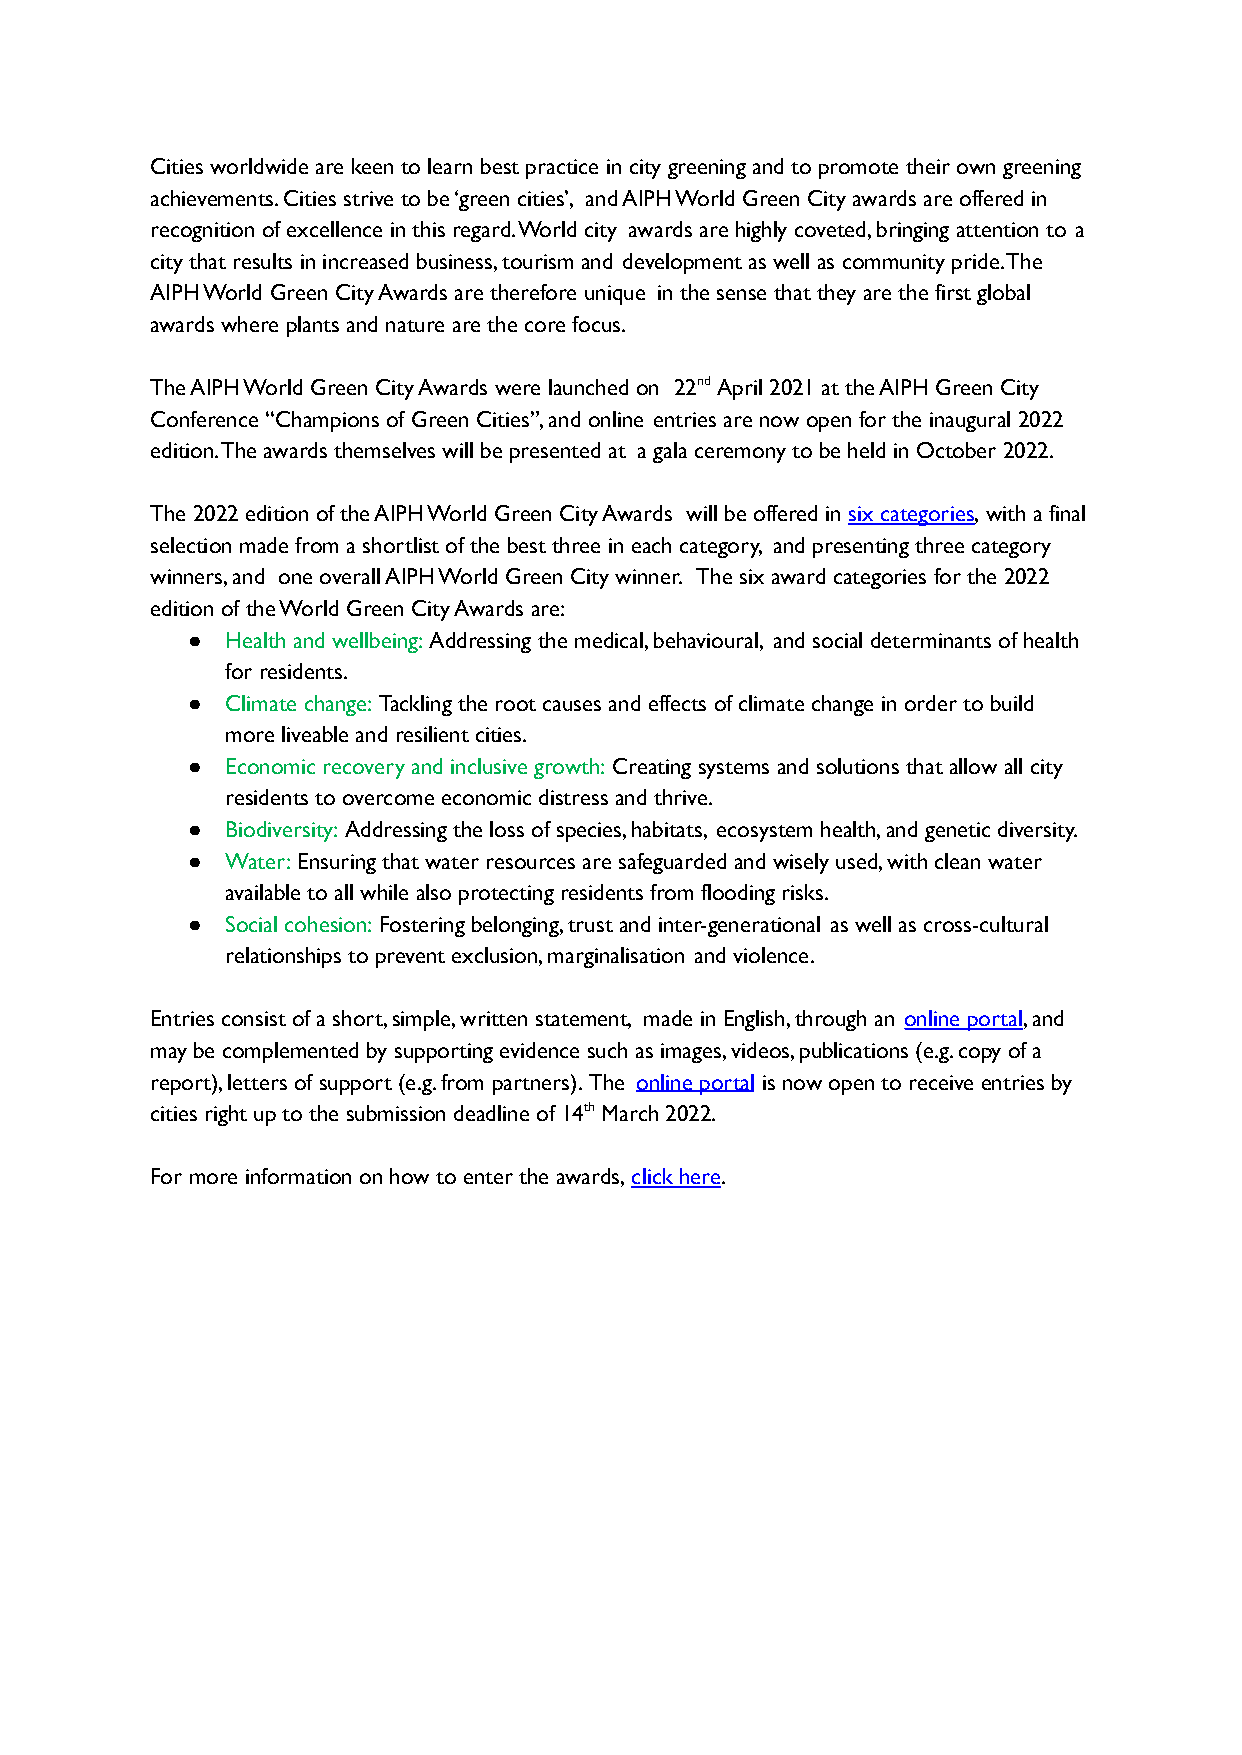
Cities worldwide are keen to learn best practice in city greening and to promote their own greening
 achievements. Cities strive to be ‘green cities’, and AIPH World Green City awards are offered in
 recognition of excellence in this regard. World city awards are highly coveted, bringing attention to a
 city that results in increased business, tourism and development as well as community pride. The
 AIPH World Green City Awards are therefore unique in the sense that they are the first global
 awards where plants and nature are the core focus.
 The AIPH World Green City Awards were launched on 22nd April 2021 at the AIPH Green City
 Conference “Champions of Green Cities”, and online entries are now open for the inaugural 2022
 edition. The awards themselves will be presented at a gala ceremony to be held in October 2022.
 The 2022 edition of the AIPH World Green City Awards will be offered in six categories, with a final
 selection made from a shortlist of the best three in each category, and presenting three category
 winners, and one overall AIPH World Green City winner. The six award categories for the 2022
 edition of the World Green City Awards are:
 ●  Health and wellbeing: Addressing the medical, behavioural, and social determinants of health
 for residents.
 ●  Climate change: Tackling the root causes and effects of climate change in order to build
 more liveable and resilient cities.
 ●  Economic recovery and inclusive growth: Creating systems and solutions that allow all city
 residents to overcome economic distress and thrive.
 ●  Biodiversity: Addressing the loss of species, habitats, ecosystem health, and genetic diversity.
 ●  Water: Ensuring that water resources are safeguarded and wisely used, with clean water
 available to all while also protecting residents from flooding risks.
 ●  Social cohesion: Fostering belonging, trust and inter-generational as well as cross-cultural
 relationships to prevent exclusion, marginalisation and violence.
 Entries consist of a short, simple, written statement, made in English, through an online portal, and
 may be complemented by supporting evidence such as images, videos, publications (e.g. copy of a
 report), letters of support (e.g. from partners). The online portal is now open to receive entries by
 cities right up to the submission deadline of 14th March 2022.
 For more information on how to enter the awards, click here.